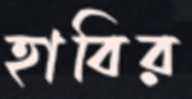
হাবির